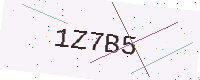
Text: 1Z7B5